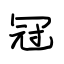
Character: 冠